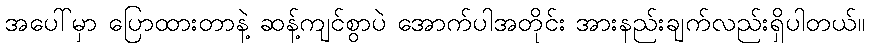
အပေါ်မှာ ပြောထားတာနဲ့ ဆန့်ကျင်စွာပဲ အောက်ပါအတိုင်း အားနည်းချက်လည်းရှိပါတယ်။